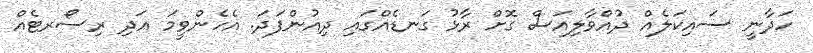
ހަދާނީ ސައިކަލެއް ދުއްވާލިއަސް ގޮށް ރާޅު ގަނޑެއްގައި ދިއުންފަދަ. އެހެންވީމަ އަދި ރިސޯރޓެއް